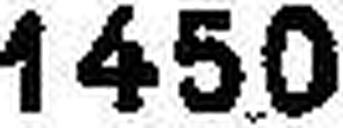
1450